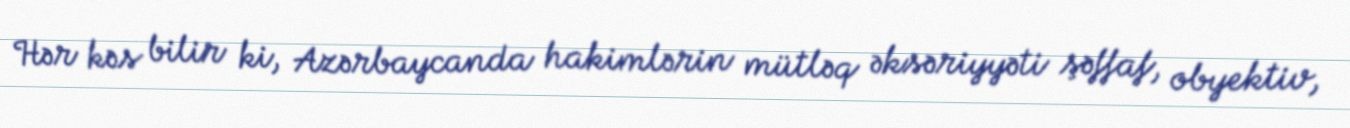
Hər kəs bilir ki, Azərbaycanda hakimlərin mütləq əksəriyyəti şəffaf, obyektiv,